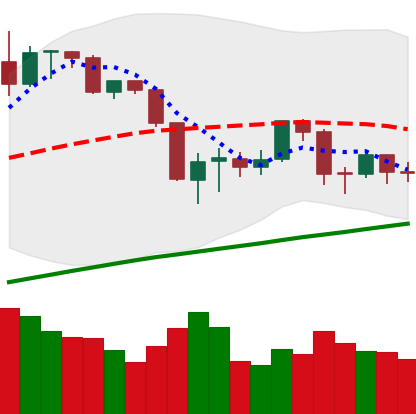
Ticker: BTC-USD
Chart end date: 2019-08-25
Forward return: -5.33%
Label: down_5_7